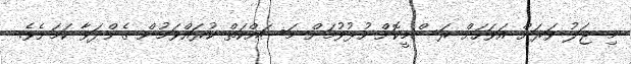
މި ޖަލު ވަރަށް އަވަހަށް ރަސްމީކޮށް ހުޅުވުމަށް މަސައްކަތް ކުރައްވަމުން ގެންދަވާ ކަމަށެވެ.